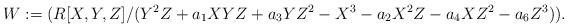
LaTeX: \begin{align*}W:=(R[X,Y,Z]/(Y^2Z+a_{1}XYZ+a_{3}YZ^2-X^3-a_{2}X^2Z-a_{4}XZ^2-a_{6}Z^3)).\end{align*}